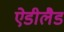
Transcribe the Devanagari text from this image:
ऐडीलैड